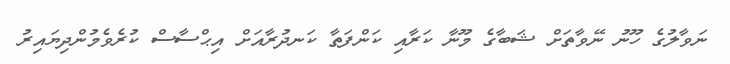
ނަވާލުގެ ހޫނު ނޭވާތަށް ޝަބާގެ މޫނާ ކަރާއި ކަންފަތާ ކަނދުރާއަށް އިޙްސާސް ކުރެވެމުންދިޔައިރު